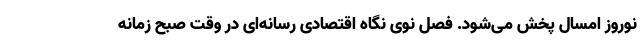
نوروز امسال پخش می‌شود. فصل نوی نگاه اقتصادی رسانه‌ای در وقت صبح زمانه